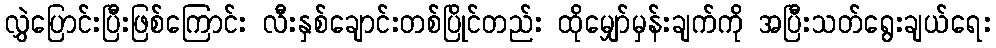
လွှဲပြောင်းပြီးဖြစ်ကြောင်း လီးနှစ်ချောင်းတစ်ပြိုင်တည်း ထိုမျှော်မှန်းချက်ကို အပြီးသတ်ရွေးချယ်ရေး